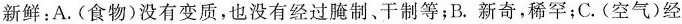
)新鲜：A.(食物)没有变质，也没有经过腌制、干制等；B.新奇，稀罕；C.(空气)经